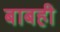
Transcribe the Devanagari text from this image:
बाबही